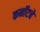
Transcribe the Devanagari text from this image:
कर्नॉटचे